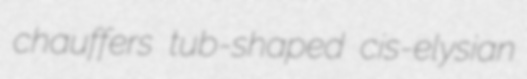
chauffers tub-shaped cis-elysian